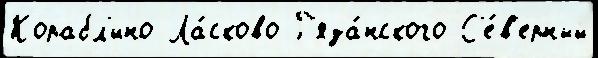
Корабл'ино Ла́сково Р'яза́нского С'е́в'ерный